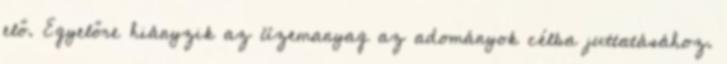
elő. Egyelőre hiányzik az üzemanyag az adományok célba juttatásához.